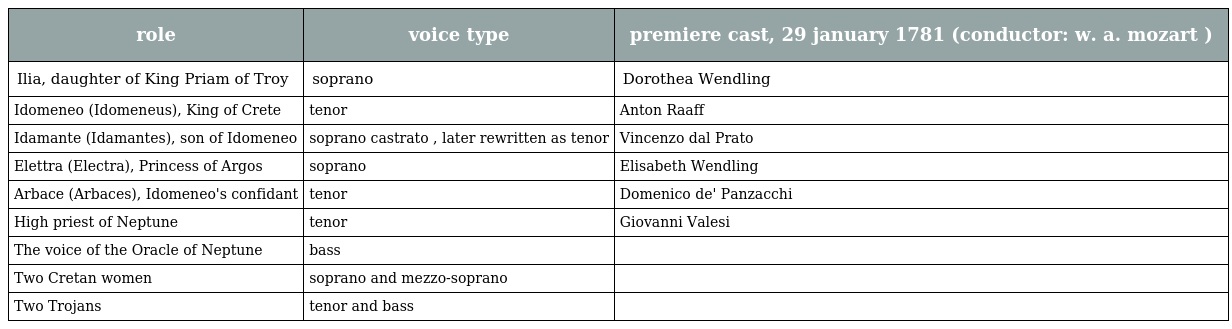
| role | voice type | premiere cast, 29 january 1781 (conductor: w. a. mozart ) |
 | --- | --- | --- |
 | Ilia, daughter of King Priam of Troy | soprano | Dorothea Wendling |
 | Idomeneo (Idomeneus), King of Crete | tenor | Anton Raaff |
 | Idamante (Idamantes), son of Idomeneo | soprano castrato , later rewritten as tenor | Vincenzo dal Prato |
 | Elettra (Electra), Princess of Argos | soprano | Elisabeth Wendling |
 | Arbace (Arbaces), Idomeneo's confidant | tenor | Domenico de' Panzacchi |
 | High priest of Neptune | tenor | Giovanni Valesi |
 | The voice of the Oracle of Neptune | bass |  |
 | Two Cretan women | soprano and mezzo-soprano |  |
 | Two Trojans | tenor and bass |  |